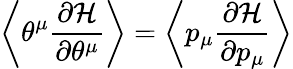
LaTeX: \left\langle\theta^{\mu}\frac{\partial\mathcal{H}}{\partial\theta^{\mu}}\right\rangle=\left\langle p_{\mu}\frac{\partial\mathcal{H}}{\partial p_{\mu}}\right\rangle